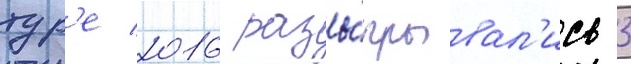
тур'е 2016 разы́грывал'ись 3